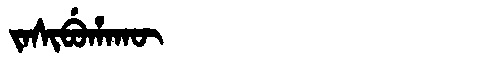
Manchu: ᠵᠠᠰᡳᠪᡠᡥᠠᡴᡡ
Romanization: JASIBUHAKŪ